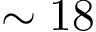
\sim 1 8